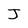
Character: J